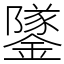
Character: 鐆